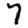
Digit: 7